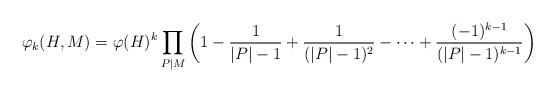
LaTeX: \begin{align*} \varphi_k(H,M)= \varphi(H)^k \prod_{P\mid M}\left(1-\frac{1}{|P|-1}+\frac{1}{(|P|-1)^2}-\cdots+ \frac{(-1)^{k-1}}{(|P|-1)^{k-1}}\right) \end{align*}